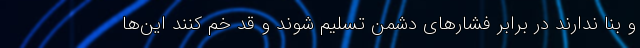
و بنا ندارند در برابر فشار‌های دشمن تسلیم شوند و قد خم کنند این‌ها